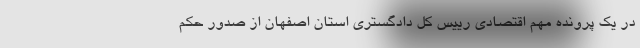
در یک پرونده مهم اقتصادی رییس کل دادگستری استان اصفهان از صدور حکم